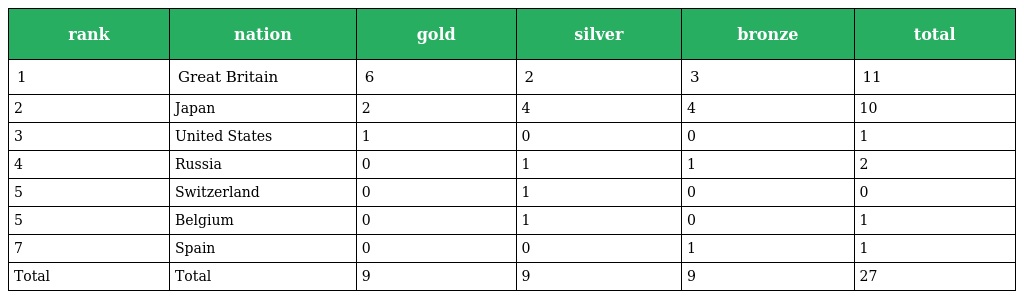
| rank | nation | gold | silver | bronze | total |
 | --- | --- | --- | --- | --- | --- |
 | 1 | Great Britain | 6 | 2 | 3 | 11 |
 | 2 | Japan | 2 | 4 | 4 | 10 |
 | 3 | United States | 1 | 0 | 0 | 1 |
 | 4 | Russia | 0 | 1 | 1 | 2 |
 | 5 | Switzerland | 0 | 1 | 0 | 0 |
 | 5 | Belgium | 0 | 1 | 0 | 1 |
 | 7 | Spain | 0 | 0 | 1 | 1 |
 | Total | Total | 9 | 9 | 9 | 27 |